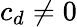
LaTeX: c_{d}\neq 0